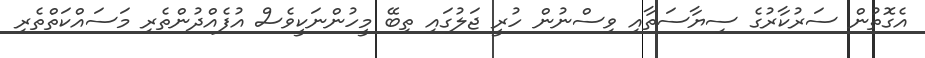
އެގޮތުން ސަރުކާރުގެ ސިޔާސަތާއި ވިސްނުން ހުރީ ޖަލުގައި ތިބޭ މީހުންނަކީވެސް އުފެއްދުންތެރި މަސައްކަތްތެރި